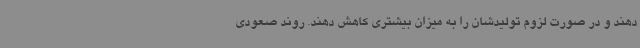
دهند و در صورت لزوم تولیدشان را به میزان بیشتری کاهش دهند. روند صعودی